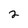
Character: 2